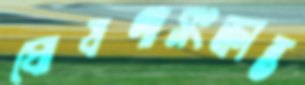
ঘোষণাসংক্রান্ত